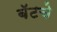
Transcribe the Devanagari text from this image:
बॅटचे